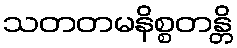
သတတမနိစ္စတန္တိ